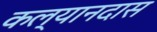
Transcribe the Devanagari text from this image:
कल्यानदास